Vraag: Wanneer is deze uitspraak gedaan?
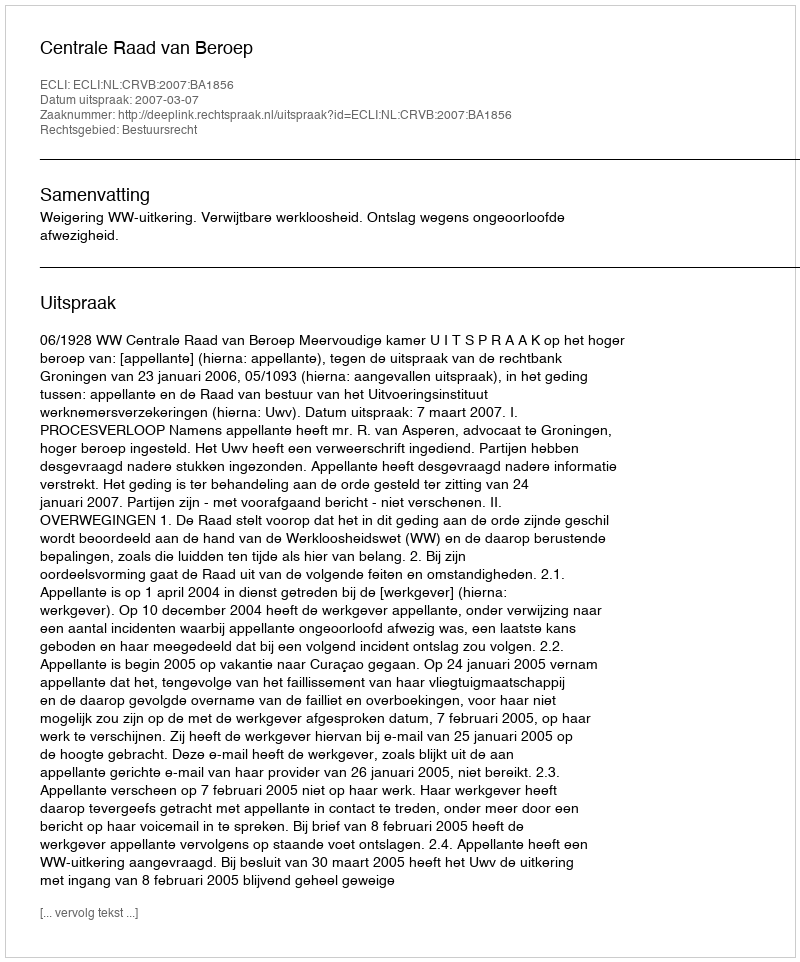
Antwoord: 2007-03-07